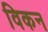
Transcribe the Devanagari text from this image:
विकन